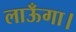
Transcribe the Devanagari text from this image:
लाऊँगा।